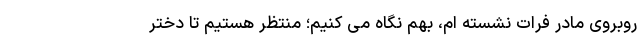
روبروی مادر فرات نشسته ام، بهم نگاه می کنیم؛ منتظر هستیم تا دختر